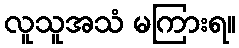
လူသူအသံ မကြားရ။